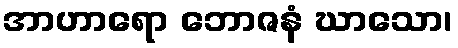
အာဟာရော ဘောဇနံ ဃာသော၊